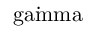
\mathrm { { \dot { \ g a m m a } } }